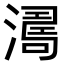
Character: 𣾭